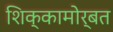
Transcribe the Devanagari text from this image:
शिक्कामोर्बत